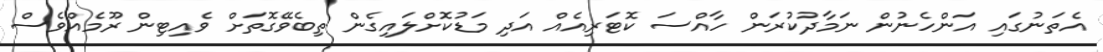
އެތަނުގައި އަންހެނުން ނަމާދުކުރަން ހާއްސަ ކޮޓަރިއެއް އަދި މަޑުކޮށްލައިގެން ތިބެވޭގޮތަށް ވެއިޓިން ރޫމެއްވެސް